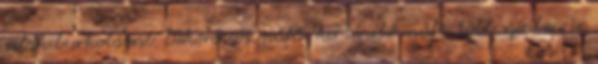
salak burkolással. Dekorációs műfű, kertépítő műfű több színben is.